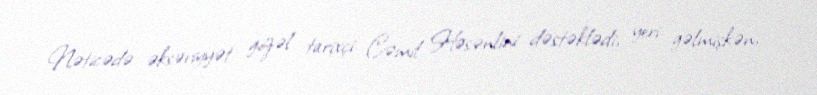
Nəticədə əksəriyyət gözəl tarixçi Cəmil Həsənlini dəstəklədi, yeri gəlmişkən,